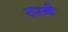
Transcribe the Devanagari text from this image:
टरने